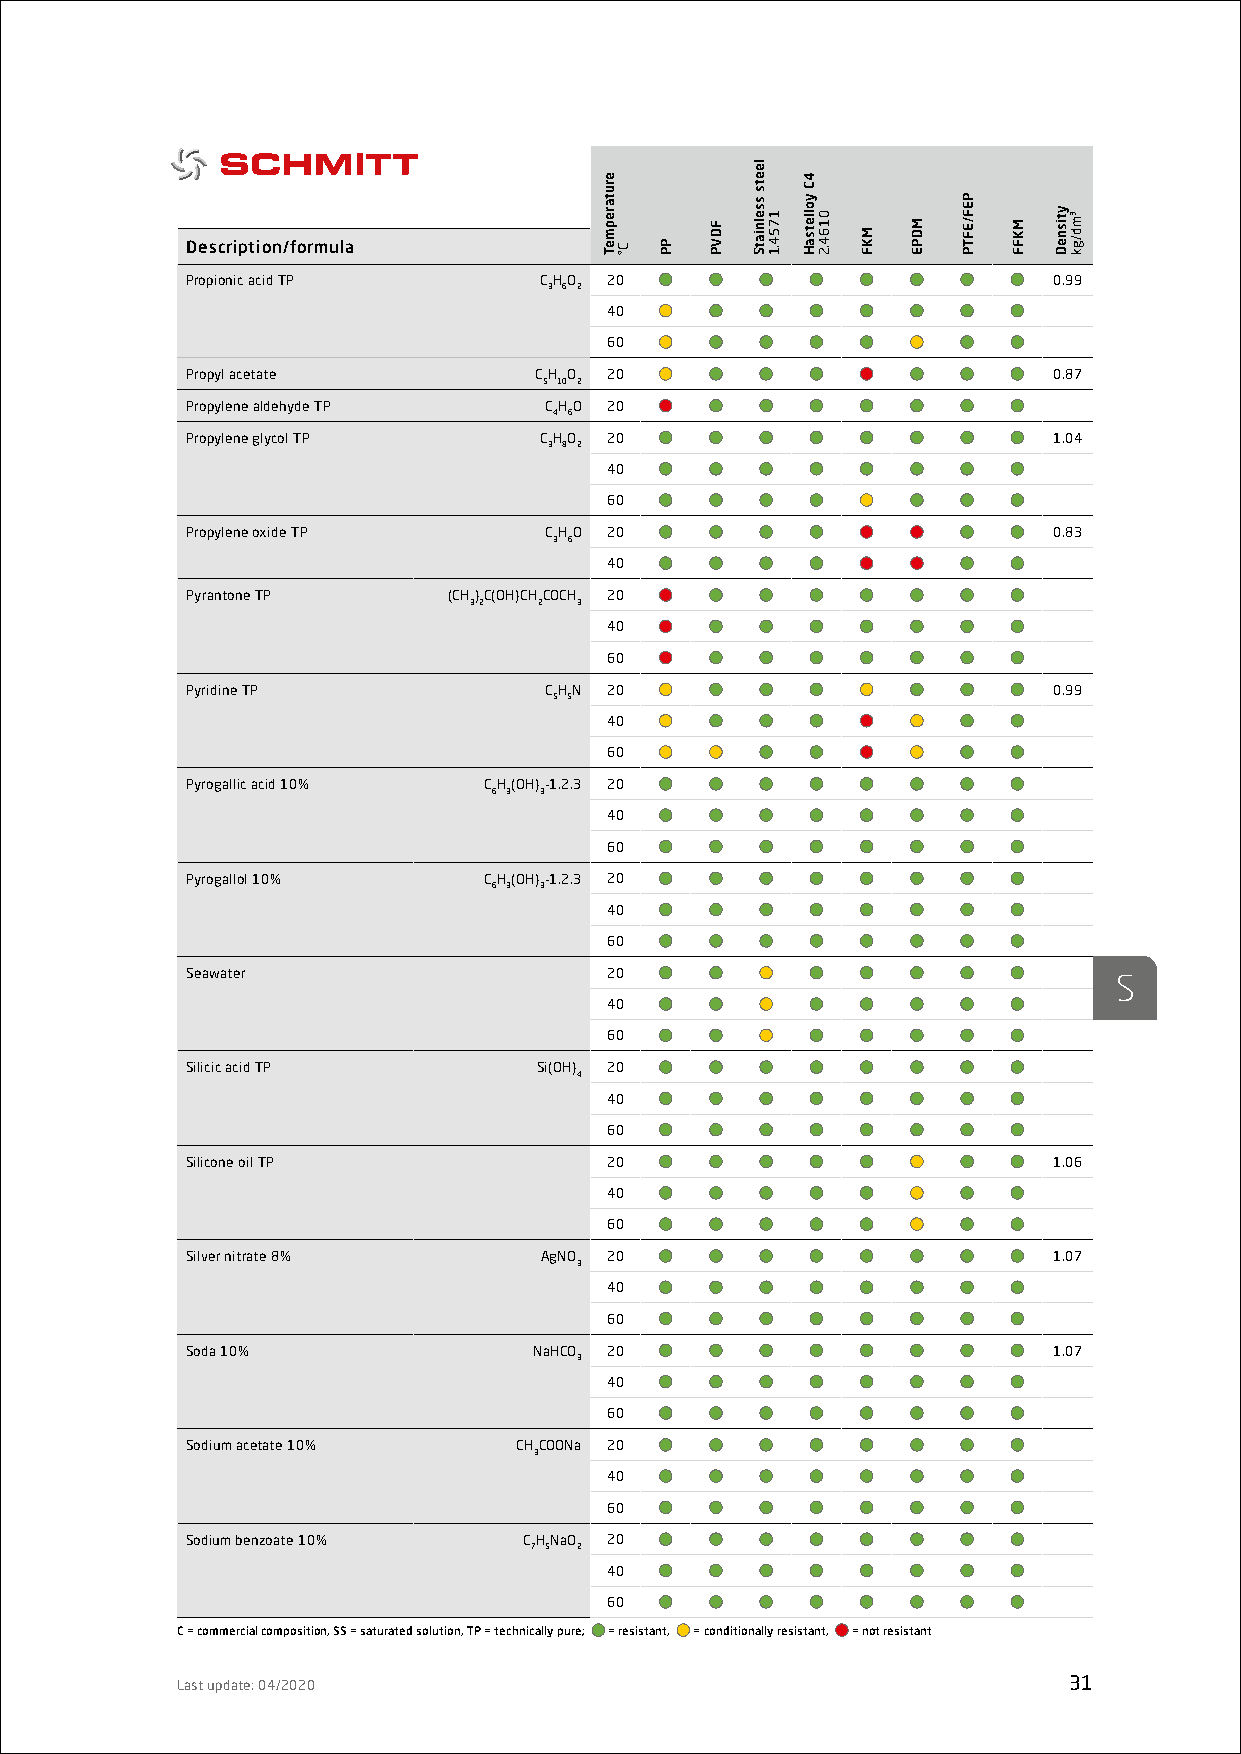
Description/formula
 Propionic acid TP       CHO 20                            0.99
 3 6 2
 40
 60
 Propyl acetate         CH O 20                            0.87
 5 10 2
 Propylene aldehyde TP   CHO 20
 4 6
 Propylene glycol TP     CHO 20                            1.04
 3 8 2
 40
 60
 Propylene oxide TP      CHO 20                            0.83
 3 6
 40
 Pyrantone TP      (CH)C(OH)CHCOCH 20
 32   2 3
 40
 60
 Pyridine TP             CHN 20                            0.99
 5 5
 40
 60
 Pyrogallic acid 10% CH(OH)-1.2.3 20
 6 3 3
 40
 60
 Pyrogallol 10%      CH(OH)-1.2.3 20
 6 3 3
 40
 60
 Seawater                    20                                S
 40
 60
 Silicic acid TP         Si(OH) 20
 4
 40
 60
 Silicone oil TP             20                            1.06
 40
 60
 Silver nitrate 8%       AgNO 20                           1.07
 3
 40
 60
 Soda 10%               NaHCO 20                           1.07
 3
 40
 60
 Sodium acetate 10%    CHCOONa 20
 3
 40
 60
 Sodium benzoate 10%    CHNaO 20
 7 5 2
 40
 60
 C = commercial composition, SS = saturated solution, TP = technically pure; = resistant, = conditionally resistant, = not resistant
 Last update: 04/2020                                       31
 erutarepmeT
 C° PP
 FDVP
 leets
 sselniatS
 1754.1
 4C
 yolletsaH
 0164.2
 MKF
 MDPE
 PEF/EFTP
 MKFF
 ytisneD ³md/gk